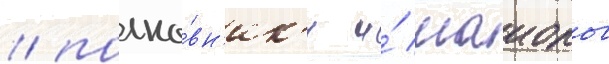
/ полко́вн'ик'и и́ маиоры